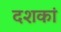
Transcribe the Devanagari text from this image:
दशकां